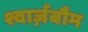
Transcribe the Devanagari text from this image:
श्वार्ज़बौम